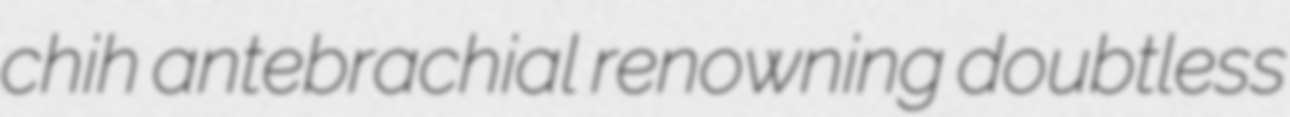
chih antebrachial renowning doubtless